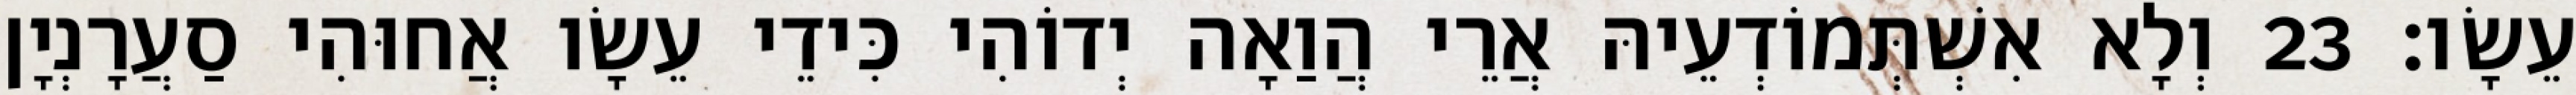
עֵשָׂו׃ 23 וְלָא אִשְׁתְּמוֹדְעֵיהּ אֲרֵי הֲוַאָה יְדוֹהִי כִּידֵי עֵשָׂו אֲחוּהִי סַעֲרָנְיָן